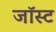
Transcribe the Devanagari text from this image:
जॉस्ट